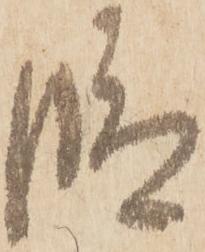
段